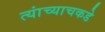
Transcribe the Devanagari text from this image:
त्यांच्याचकडे